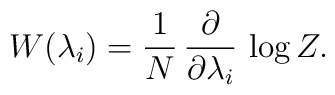
W(\lambda _i)=\frac{1}{N}\,\frac{\partial }{\partial \lambda _i}\,\log Z.